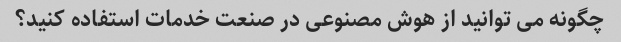
چگونه می توانید از هوش مصنوعی در صنعت خدمات استفاده کنید؟